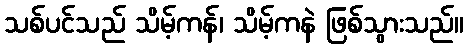
သစ်ပင်သည် သိမ့်ကန်၊ သိမ့်ကနဲ ဖြစ်သွားသည်။